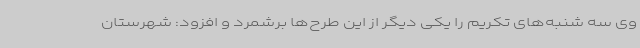
وی سه شنبه‌های تکریم را یکی دیگر از این طرح‌ها برشمرد و افزود: شهرستان